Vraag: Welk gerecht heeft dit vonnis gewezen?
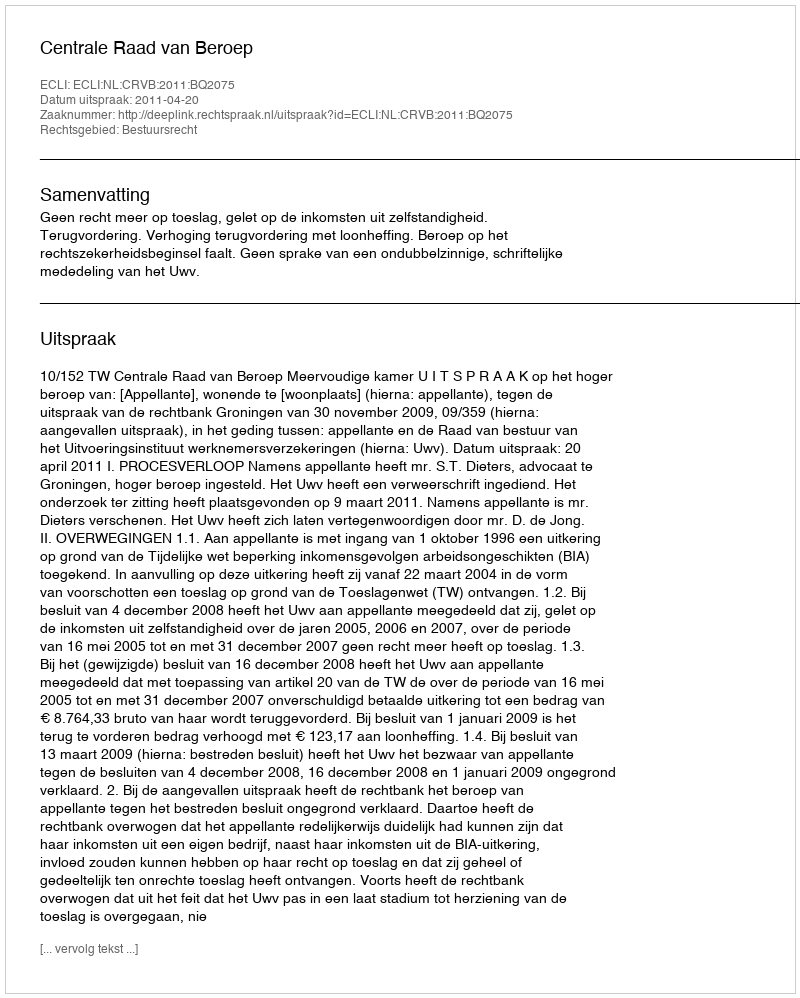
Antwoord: Centrale Raad van Beroep